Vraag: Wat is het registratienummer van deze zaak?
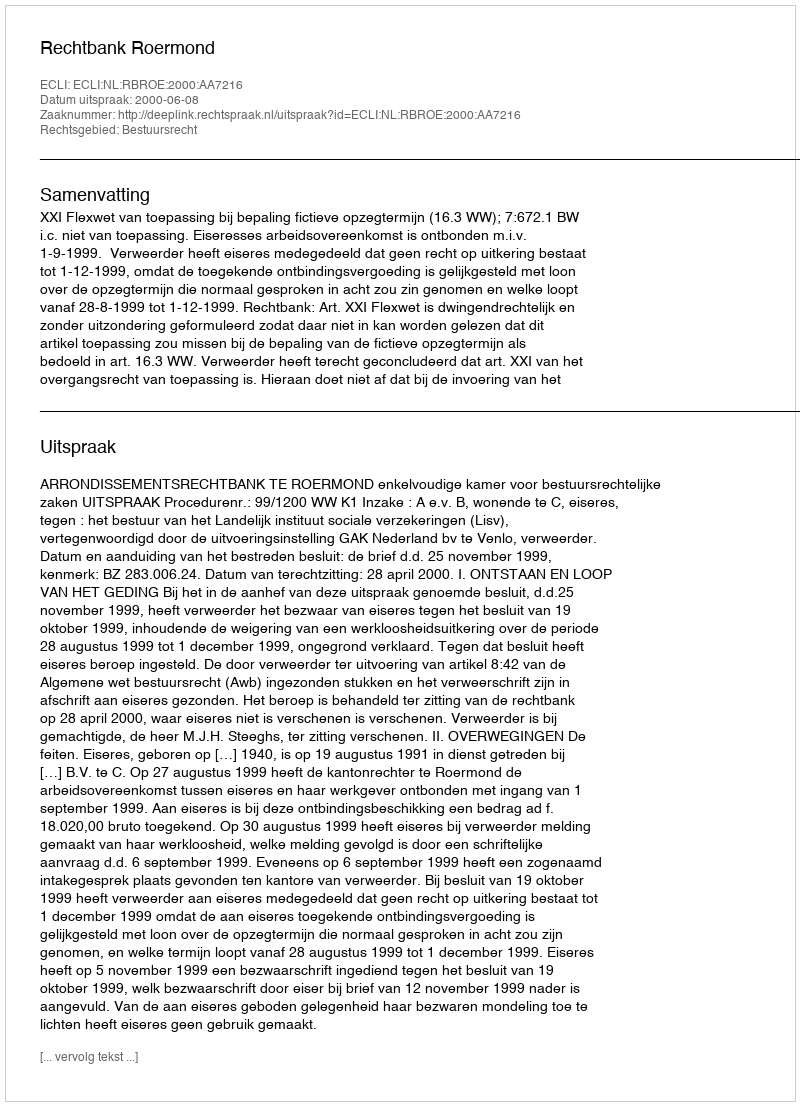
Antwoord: http://deeplink.rechtspraak.nl/uitspraak?id=ECLI:NL:RBROE:2000:AA7216